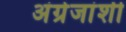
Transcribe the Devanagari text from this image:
अंग्रेजांशी